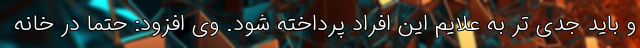
و باید جدی تر به علایم این افراد پرداخته شود. وی افزود: حتما در خانه